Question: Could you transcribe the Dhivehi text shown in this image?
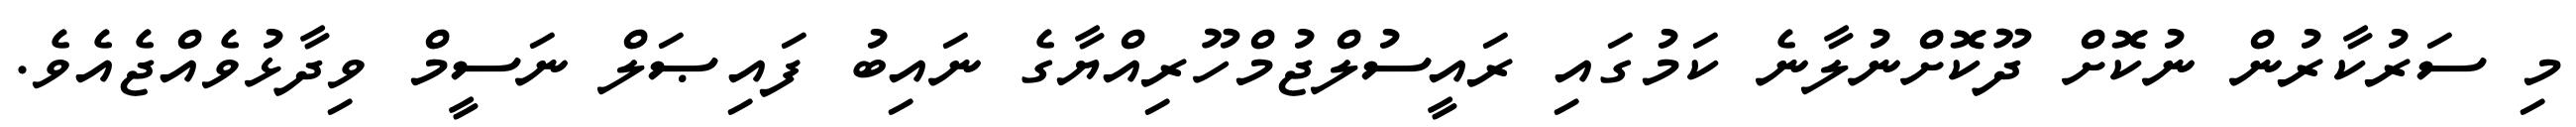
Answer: މި ސަރުކާރުން ނުކޮށް ދޫކޮށްނުލާނެ ކަމުގައި ރައީސުލްޖުމްހޫރިއްޔާގެ ނައިބު ފައިޞަލް ނަސީމް ވިދާޅުވެއްޖެއެވެ.